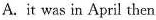
A. it was in April then